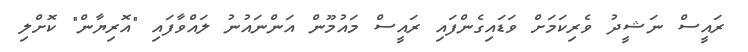
ރައީސް ނަޝީދު ވެރިކަމަށް ވަޑައިގެންފައި ރައީސް މައުމޫން އަންނައުނު ލައްވާފައި "އޮރިޔާން" ކޮށްލި